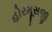
હોરમૂસજી